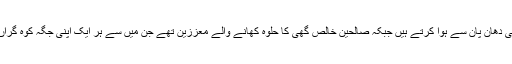
بنگالی دھان پان سے ہوا کرتے ہیں جبکہ صالحین خالص گھی کا حلوہ کھانے والے معززین تھے جن میں سے ہر ایک اپنی جگہ کوہ گراں تھا۔